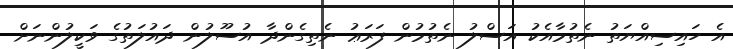
އެ ހައިސިއްޔަތު ނެތުމާއެކު އަސްލު ނެތުމުން ފަރަޢު ނެތިގެންދާ އުސޫލުން ދައުލަތުގެ ވަކީލުންނަށް